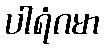
ပါရံဂမာ